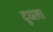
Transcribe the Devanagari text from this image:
दूधला